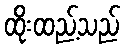
ထိုးထည့်သည်